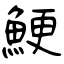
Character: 鯁